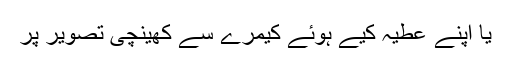
یا اپنے عطیہ کیے ہوئے کیمرے سے کھینچی تصویر پر